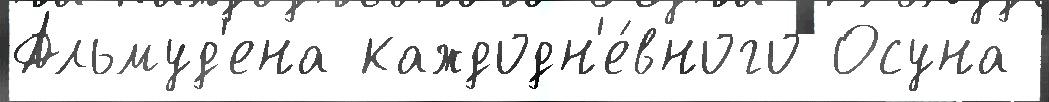
Альмуд'ена каждодн'е́вного Осуна